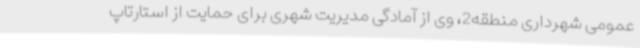
عمومی شهرداری منطقه2، وی از آمادگی مدیریت شهری برای حمایت از استارتاپ